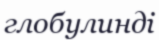
глобулинді